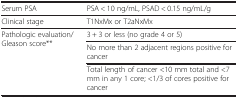
<table><thead><tr><td><b> </b></td><td><b> </b></td></tr></thead><tbody><tr><td>Serum PSA</td><td>PSA &lt; 10 ng/mL, PSAD &lt; 0.15 ng/mL/g</td></tr><tr><td>Clinical stage</td><td>T1NxMx or T2aNxMx</td></tr><tr><td>Pathologic evaluation/Gleason score**</td><td>3 + 3 or less (no grade 4 or 5)</td></tr><tr><td> </td><td>No more than 2 adjacent regions positive for cancer</td></tr><tr><td> </td><td>Total length of cancer &lt;10 mm total and &lt;7 mm in any 1 core; &lt;1/3 of cores positive for cancer</td></tr></tbody></table>